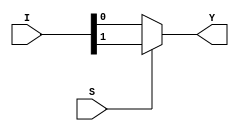
module mux_2to1_bh(Y,I,S); //Behavial style used typically when boolean expression is NOT known

input [1:0]I; //two bit input
input S; //one selector bit

output reg Y; //one output

always@(*) //always when any input changes, hence the *
        if(S)
            Y = I[1]; //typically statements within and IF is bounded by begin and end although only one statement here so no need.
        else
            Y = I[0];
endmodule